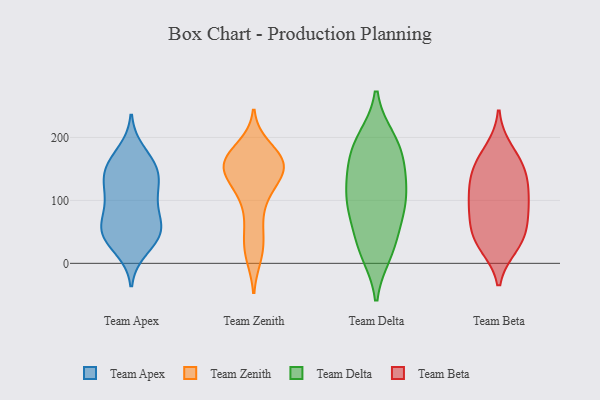
{"axis": {"x": "Market Share (%)", "y": "Value"}, "legend": ["Team Apex", "Team Beta", "Team Delta", "Team Zenith"], "data": [{"x": "", "y": 23, "type": "Team Apex"}, {"x": "", "y": 55, "type": "Team Apex"}, {"x": "", "y": 46, "type": "Team Apex"}, {"x": "", "y": 125, "type": "Team Apex"}, {"x": "", "y": 87, "type": "Team Apex"}, {"x": "", "y": 37, "type": "Team Apex"}, {"x": "", "y": 177, "type": "Team Apex"}, {"x": "", "y": 105, "type": "Team Apex"}, {"x": "", "y": 157, "type": "Team Apex"}, {"x": "", "y": 55, "type": "Team Apex"}, {"x": "", "y": 142, "type": "Team Apex"}, {"x": "", "y": 154, "type": "Team Apex"}, {"x": "", "y": 48, "type": "Team Apex"}, {"x": "", "y": 150, "type": "Team Apex"}, {"x": "", "y": 94, "type": "Team Apex"}, {"x": "", "y": 125, "type": "Team Apex"}, {"x": "", "y": 58, "type": "Team Apex"}, {"x": "", "y": 156, "type": "Team Zenith"}, {"x": "", "y": 161, "type": "Team Zenith"}, {"x": "", "y": 143, "type": "Team Zenith"}, {"x": "", "y": 105, "type": "Team Zenith"}, {"x": "", "y": 164, "type": "Team Zenith"}, {"x": "", "y": 174, "type": "Team Zenith"}, {"x": "", "y": 43, "type": "Team Zenith"}, {"x": "", "y": 156, "type": "Team Zenith"}, {"x": "", "y": 156, "type": "Team Zenith"}, {"x": "", "y": 161, "type": "Team Zenith"}, {"x": "", "y": 130, "type": "Team Zenith"}, {"x": "", "y": 105, "type": "Team Zenith"}, {"x": "", "y": 12, "type": "Team Zenith"}, {"x": "", "y": 185, "type": "Team Zenith"}, {"x": "", "y": 137, "type": "Team Zenith"}, {"x": "", "y": 63, "type": "Team Zenith"}, {"x": "", "y": 18, "type": "Team Zenith"}, {"x": "", "y": 169, "type": "Team Delta"}, {"x": "", "y": 117, "type": "Team Delta"}, {"x": "", "y": 196, "type": "Team Delta"}, {"x": "", "y": 198, "type": "Team Delta"}, {"x": "", "y": 22, "type": "Team Delta"}, {"x": "", "y": 105, "type": "Team Delta"}, {"x": "", "y": 25, "type": "Team Delta"}, {"x": "", "y": 153, "type": "Team Delta"}, {"x": "", "y": 190, "type": "Team Delta"}, {"x": "", "y": 79, "type": "Team Delta"}, {"x": "", "y": 16, "type": "Team Delta"}, {"x": "", "y": 151, "type": "Team Delta"}, {"x": "", "y": 129, "type": "Team Delta"}, {"x": "", "y": 86, "type": "Team Delta"}, {"x": "", "y": 61, "type": "Team Delta"}, {"x": "", "y": 96, "type": "Team Delta"}, {"x": "", "y": 128, "type": "Team Beta"}, {"x": "", "y": 153, "type": "Team Beta"}, {"x": "", "y": 49, "type": "Team Beta"}, {"x": "", "y": 34, "type": "Team Beta"}, {"x": "", "y": 107, "type": "Team Beta"}, {"x": "", "y": 29, "type": "Team Beta"}, {"x": "", "y": 137, "type": "Team Beta"}, {"x": "", "y": 43, "type": "Team Beta"}, {"x": "", "y": 157, "type": "Team Beta"}, {"x": "", "y": 179, "type": "Team Beta"}, {"x": "", "y": 94, "type": "Team Beta"}, {"x": "", "y": 87, "type": "Team Beta"}, {"x": "", "y": 81, "type": "Team Beta"}]}